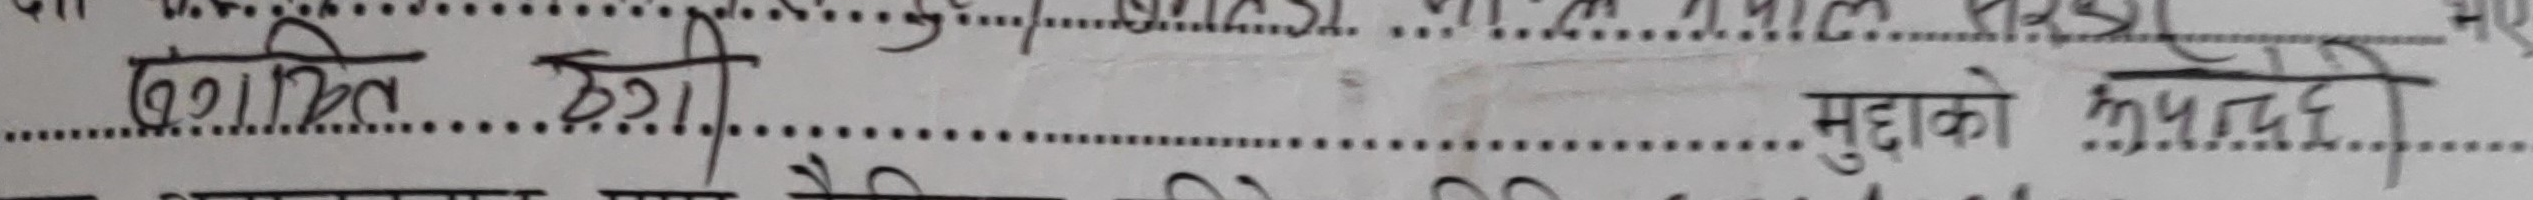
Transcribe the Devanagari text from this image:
ठगीसित ठगी मुद्दाको कारवाही